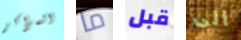
المراكز ما قبل الى